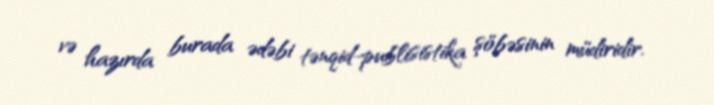
və hazırda burada ədəbi tənqid-publisistika şöbəsinin müdiridir.